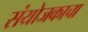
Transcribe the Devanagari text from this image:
संयोजकाचा